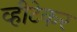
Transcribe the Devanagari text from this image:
व्हीटेकर